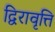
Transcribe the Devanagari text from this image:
द्विरावृत्ति